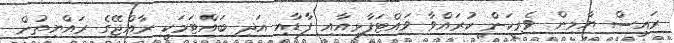
ރައީސް ޔާމިން ވެރިކަން ކުރައްވާ ވައްޓަފާޅިއާއި ފާޑާއި އަދި ބައްޓަމަކީ ރާއްޖޭގެ ރައްޔިތުން